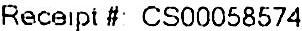
RECEIPT #: CS00058574